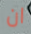
ان